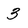
Character: 3